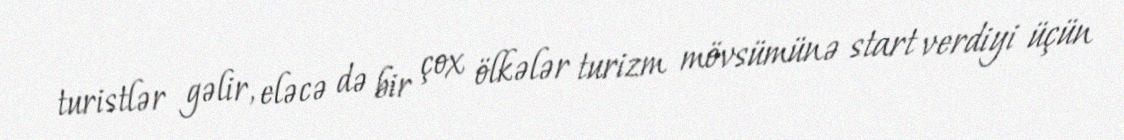
turistlər gəlir, eləcə də bir çox ölkələr turizm mövsümünə start verdiyi üçün